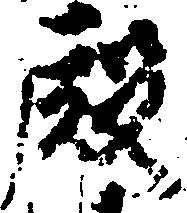
殿